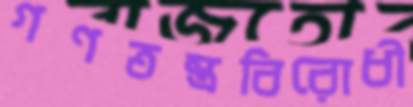
গণতন্ত্রবিরোধী